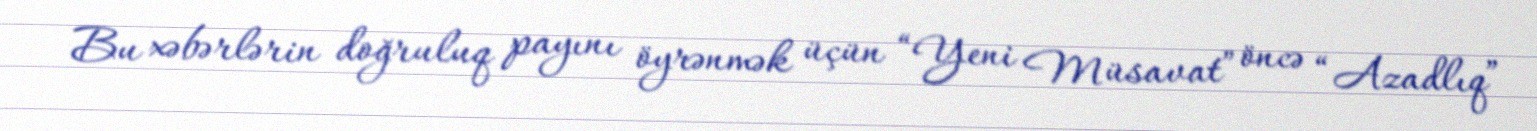
Bu xəbərlərin doğruluq payını öyrənmək üçün “Yeni Müsavat” öncə “Azadlıq”